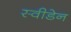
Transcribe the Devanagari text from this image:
स्‍वीडेन